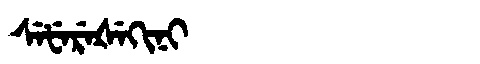
Manchu: ᠰᡝᡶᡝᡵᡝᡧᡝᡴᡳᠨᡳ
Romanization: SEFEREŠEKINI